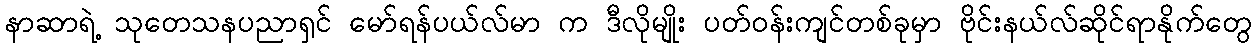
နာဆာရဲ့ သုတေသနပညာရှင် မော်ရန်ပယ်လ်မာ က ဒီလိုမျိုး ပတ်ဝန်းကျင်တစ်ခုမှာ ဗိုင်းနယ်လ်ဆိုင်ရာနိုက်တွေ